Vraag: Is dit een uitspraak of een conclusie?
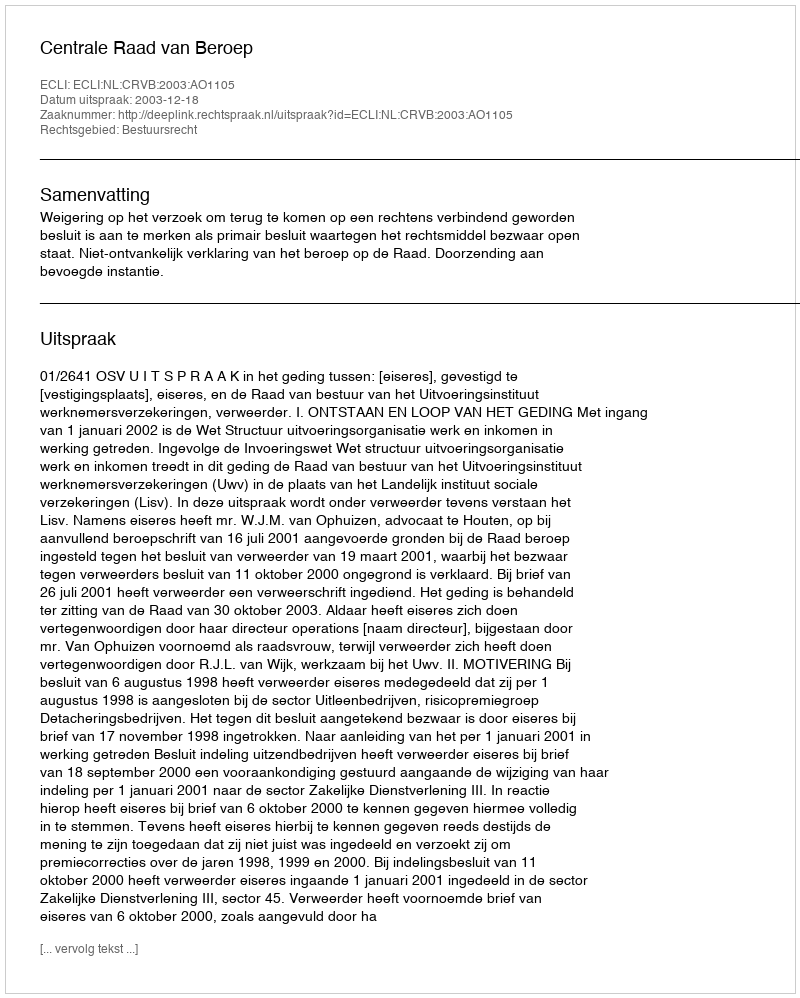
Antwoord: Uitspraak